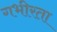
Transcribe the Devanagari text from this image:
गभीरता